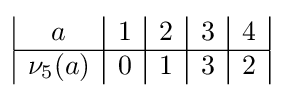
{\begin{array}{|c|c|c|c|c|c|c|}a&1&2&3&4\\\hline \nu _{5}(a)&0&1&3&2\\\end{array}}